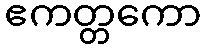
ဧကတ္တကော